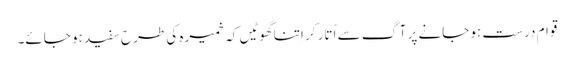
قوام درست ہو جانے پر آگ سے اُتار کر اِتنا گھوٹیں کہ خمیرہ کی طرح سفید ہو جائے۔